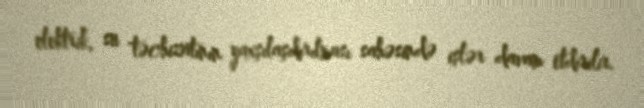
elektrik, su təchizatının yaxşılaşdırılması sahəsində işlər davam etdirilir.